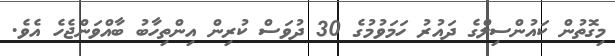
މިގޮތުން ކައުންސިލްގެ ދައުރު ހަމަވުމުގެ 30 ދުވަސް ކުރިން އިންތިހާބު ބާއްވަންޖެހެ އެވެ.